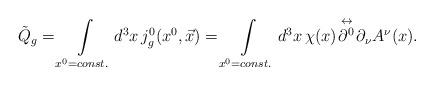
LaTeX: \begin{align*}\tilde{Q}_g=\int \limits_{x^0=const.} d^3x \, j_g^0 (x^0, \vec{x} ) =\int \limits_{x^0=const.} d^3x \, \chi (x) \! \stackrel {\leftrightarrow}{\partial^0} \!\partial_\nu A^\nu (x) \!\, .\end{align*}